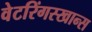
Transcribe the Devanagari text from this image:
वेटरिंगस्खान्स